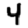
Digit: 4